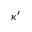
\kappa ^ { \prime }